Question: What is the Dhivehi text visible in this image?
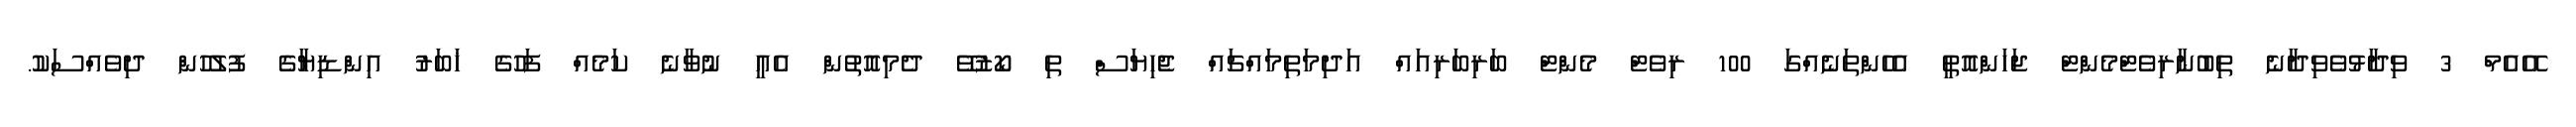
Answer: އޭއެމް 3 ވިދާޅުވެވިދާނެ ތިބުނާރިވެޓްމެންޓް ޖަހަންއޮތީ އެހެންތަނެއްގަ 100 ރިވެޓް މެންޓް ބަރިބަރިއައް އަދިމަތިމައްޗައް ޖެހިޔަސް ތި ކޯޒުވޭ ދެމިއޮތުން އެއީ ނުވާނެ ކަމެއް ފަހުގެ ޚަބަރު އިންޑިޔާގެ ފުލުހުން ދިވެއްސަކު.